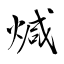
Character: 煘